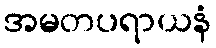
အမတပရာယနံ